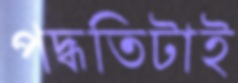
পদ্ধতিটাই